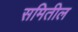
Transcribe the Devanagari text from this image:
समितील